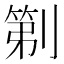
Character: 𫦒